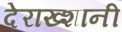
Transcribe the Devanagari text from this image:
देराख्शानी